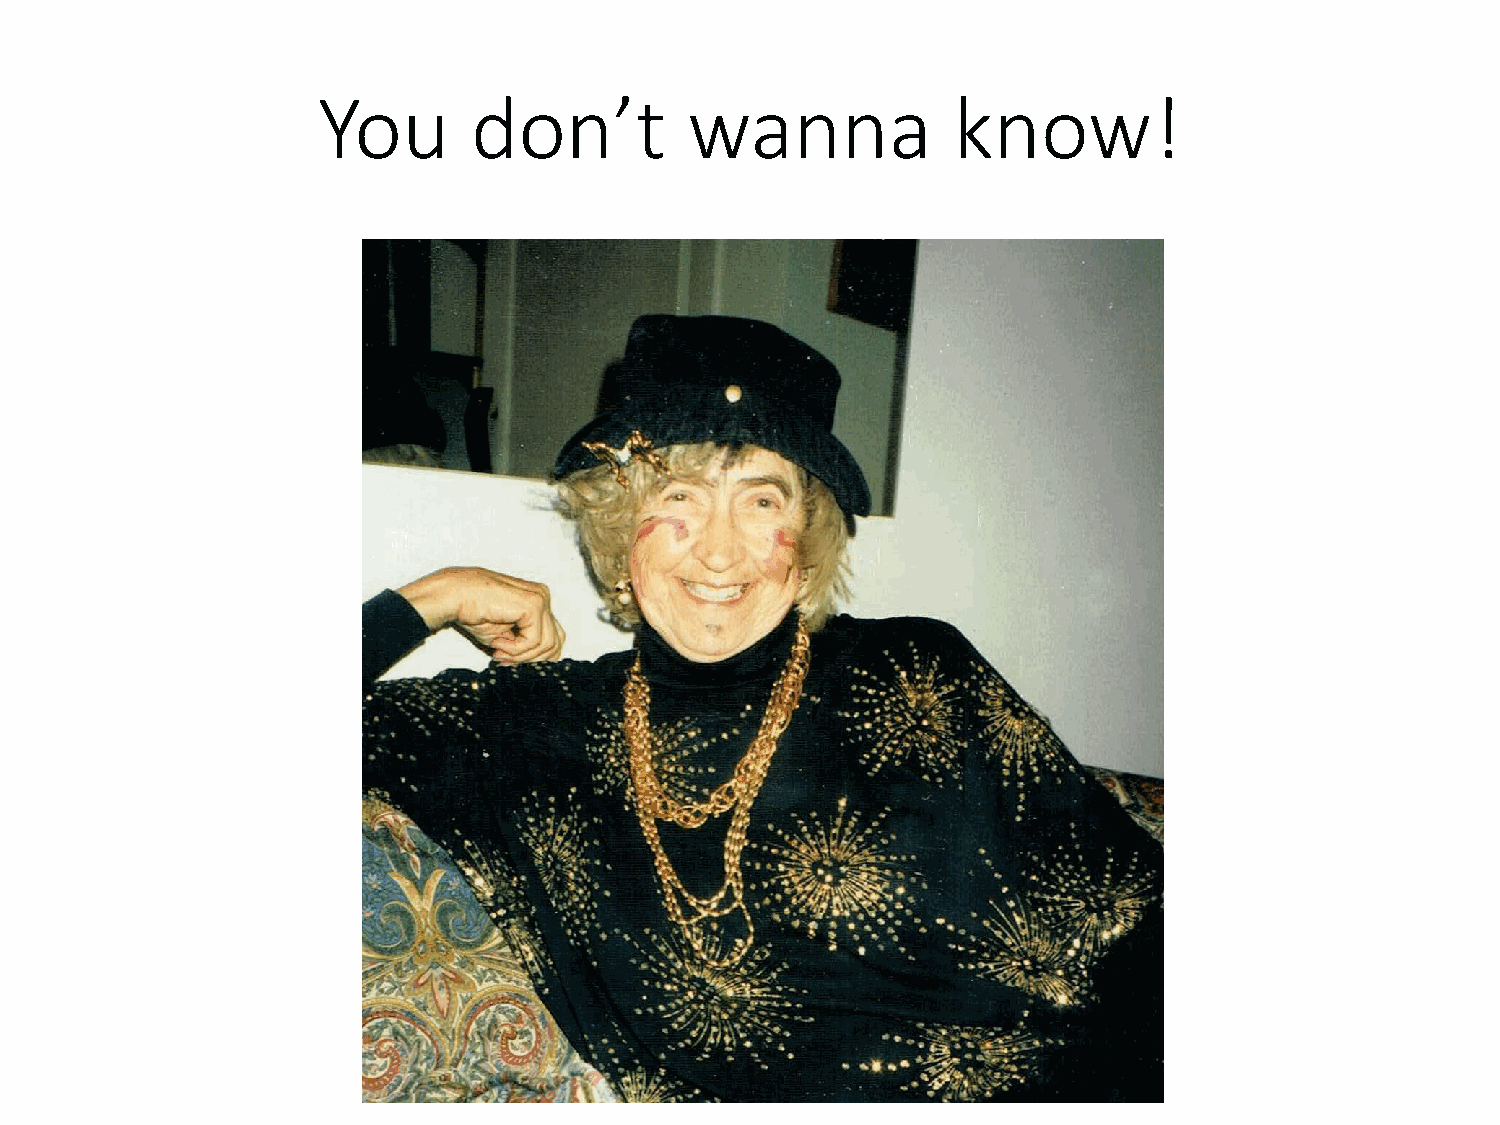
You       don’t          wanna            know!